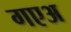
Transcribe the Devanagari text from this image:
गएअ